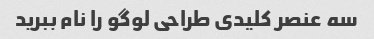
سه عنصر کلیدی طراحی لوگو را نام ببرید